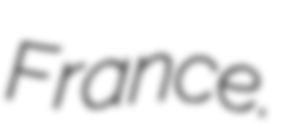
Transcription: France.